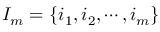
I _ { m } = \{ i _ { 1 } , i _ { 2 } , \cdots , i _ { m } \}